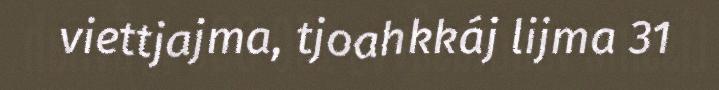
viettjajma, tjoahkkáj lijma 31